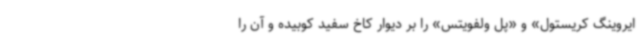
ایروینگ کریستول» و «پل ولفویتس» را بر دیوار کاخ سفید کوبیده و آن را